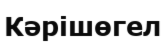
Кәрішөгел